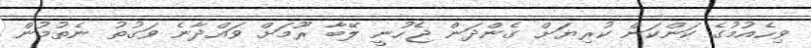
ވިހެއުމުގެ ކަންކަން ކުރިޔަށް ގެންދަން ޖެހުނީ ލޭބާ ރޫމަށް ވައްދާނެ ވަގުތު ނެތުމުން